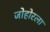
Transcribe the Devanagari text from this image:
जोहोरला